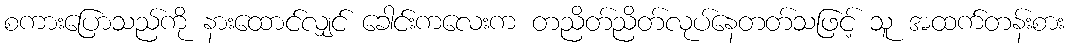
စကားပြောသည်ကို နားထောင်လျှင် ခေါင်းကလေးက တညိတ်ညိတ်လုပ်နေတတ်သဖြင့် သူ အထက်တန်းစား